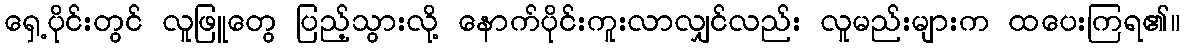
ရှေ့ပိုင်းတွင် လူဖြူတွေ ပြည့်သွားလို့ နောက်ပိုင်းကူးလာလျှင်လည်း လူမည်းများက ထပေးကြရ၏။